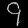
Digit: ၄